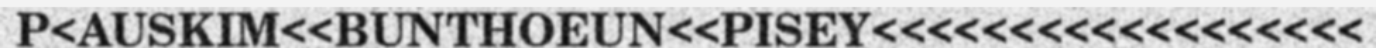
P<AUSKIM<<BUNTHOEUN<<PISEY<<<<<<<<<<<<<<<<<<